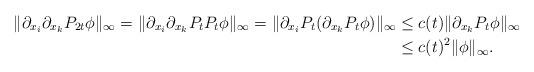
LaTeX: \begin{align*}\|\partial_{x_i} \partial_{x_k} P_{2t} \phi\|_{\infty}= \|\partial_{x_i} \partial_{x_k} P_{t} P_{t} \phi\|_{\infty}= \|\partial_{x_i} P_{t} (\partial_{x_k} P_{t} \phi)\|_{\infty}&\leq c(t) \|\partial_{x_k} P_{t} \phi\|_{\infty} \\&\leq c(t)^2 \|\phi\|_{\infty}.\end{align*}